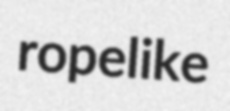
ropelike